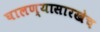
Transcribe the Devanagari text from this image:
घालण्यासारखेच